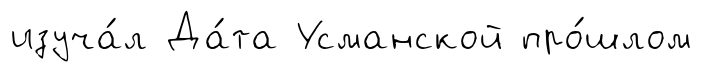
изуча́л Да́та Усманской про́шлом